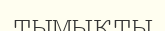
тымықты